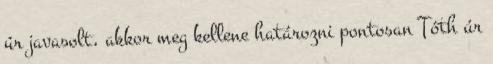
úr javasolt, akkor meg kellene határozni pontosan Tóth úr